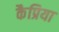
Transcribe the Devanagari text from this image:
कैप्रिया